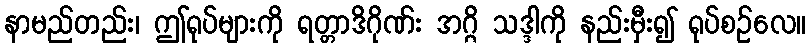
နာမည်တည်း၊ ဤရုပ်များကို ရတ္တာဒိဂိုဏ်း အဂ္ဂိ သဒ္ဒါကို နည်းမှီး၍ ရုပ်စဉ်လေ။